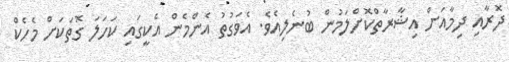
ދޮރާއި ދިމާއަށް އިޝާރާތްކޮށްލަމުން ބުނެލިއެވެ. އެވަގުތު އެންމެން އެކީގައި ކަހަލަ ގޮތަކަށް މެހެކް